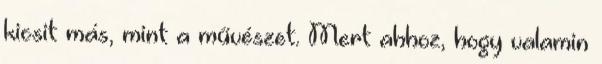
kicsit más, mint a művészet. Mert ahhoz, hogy valamin